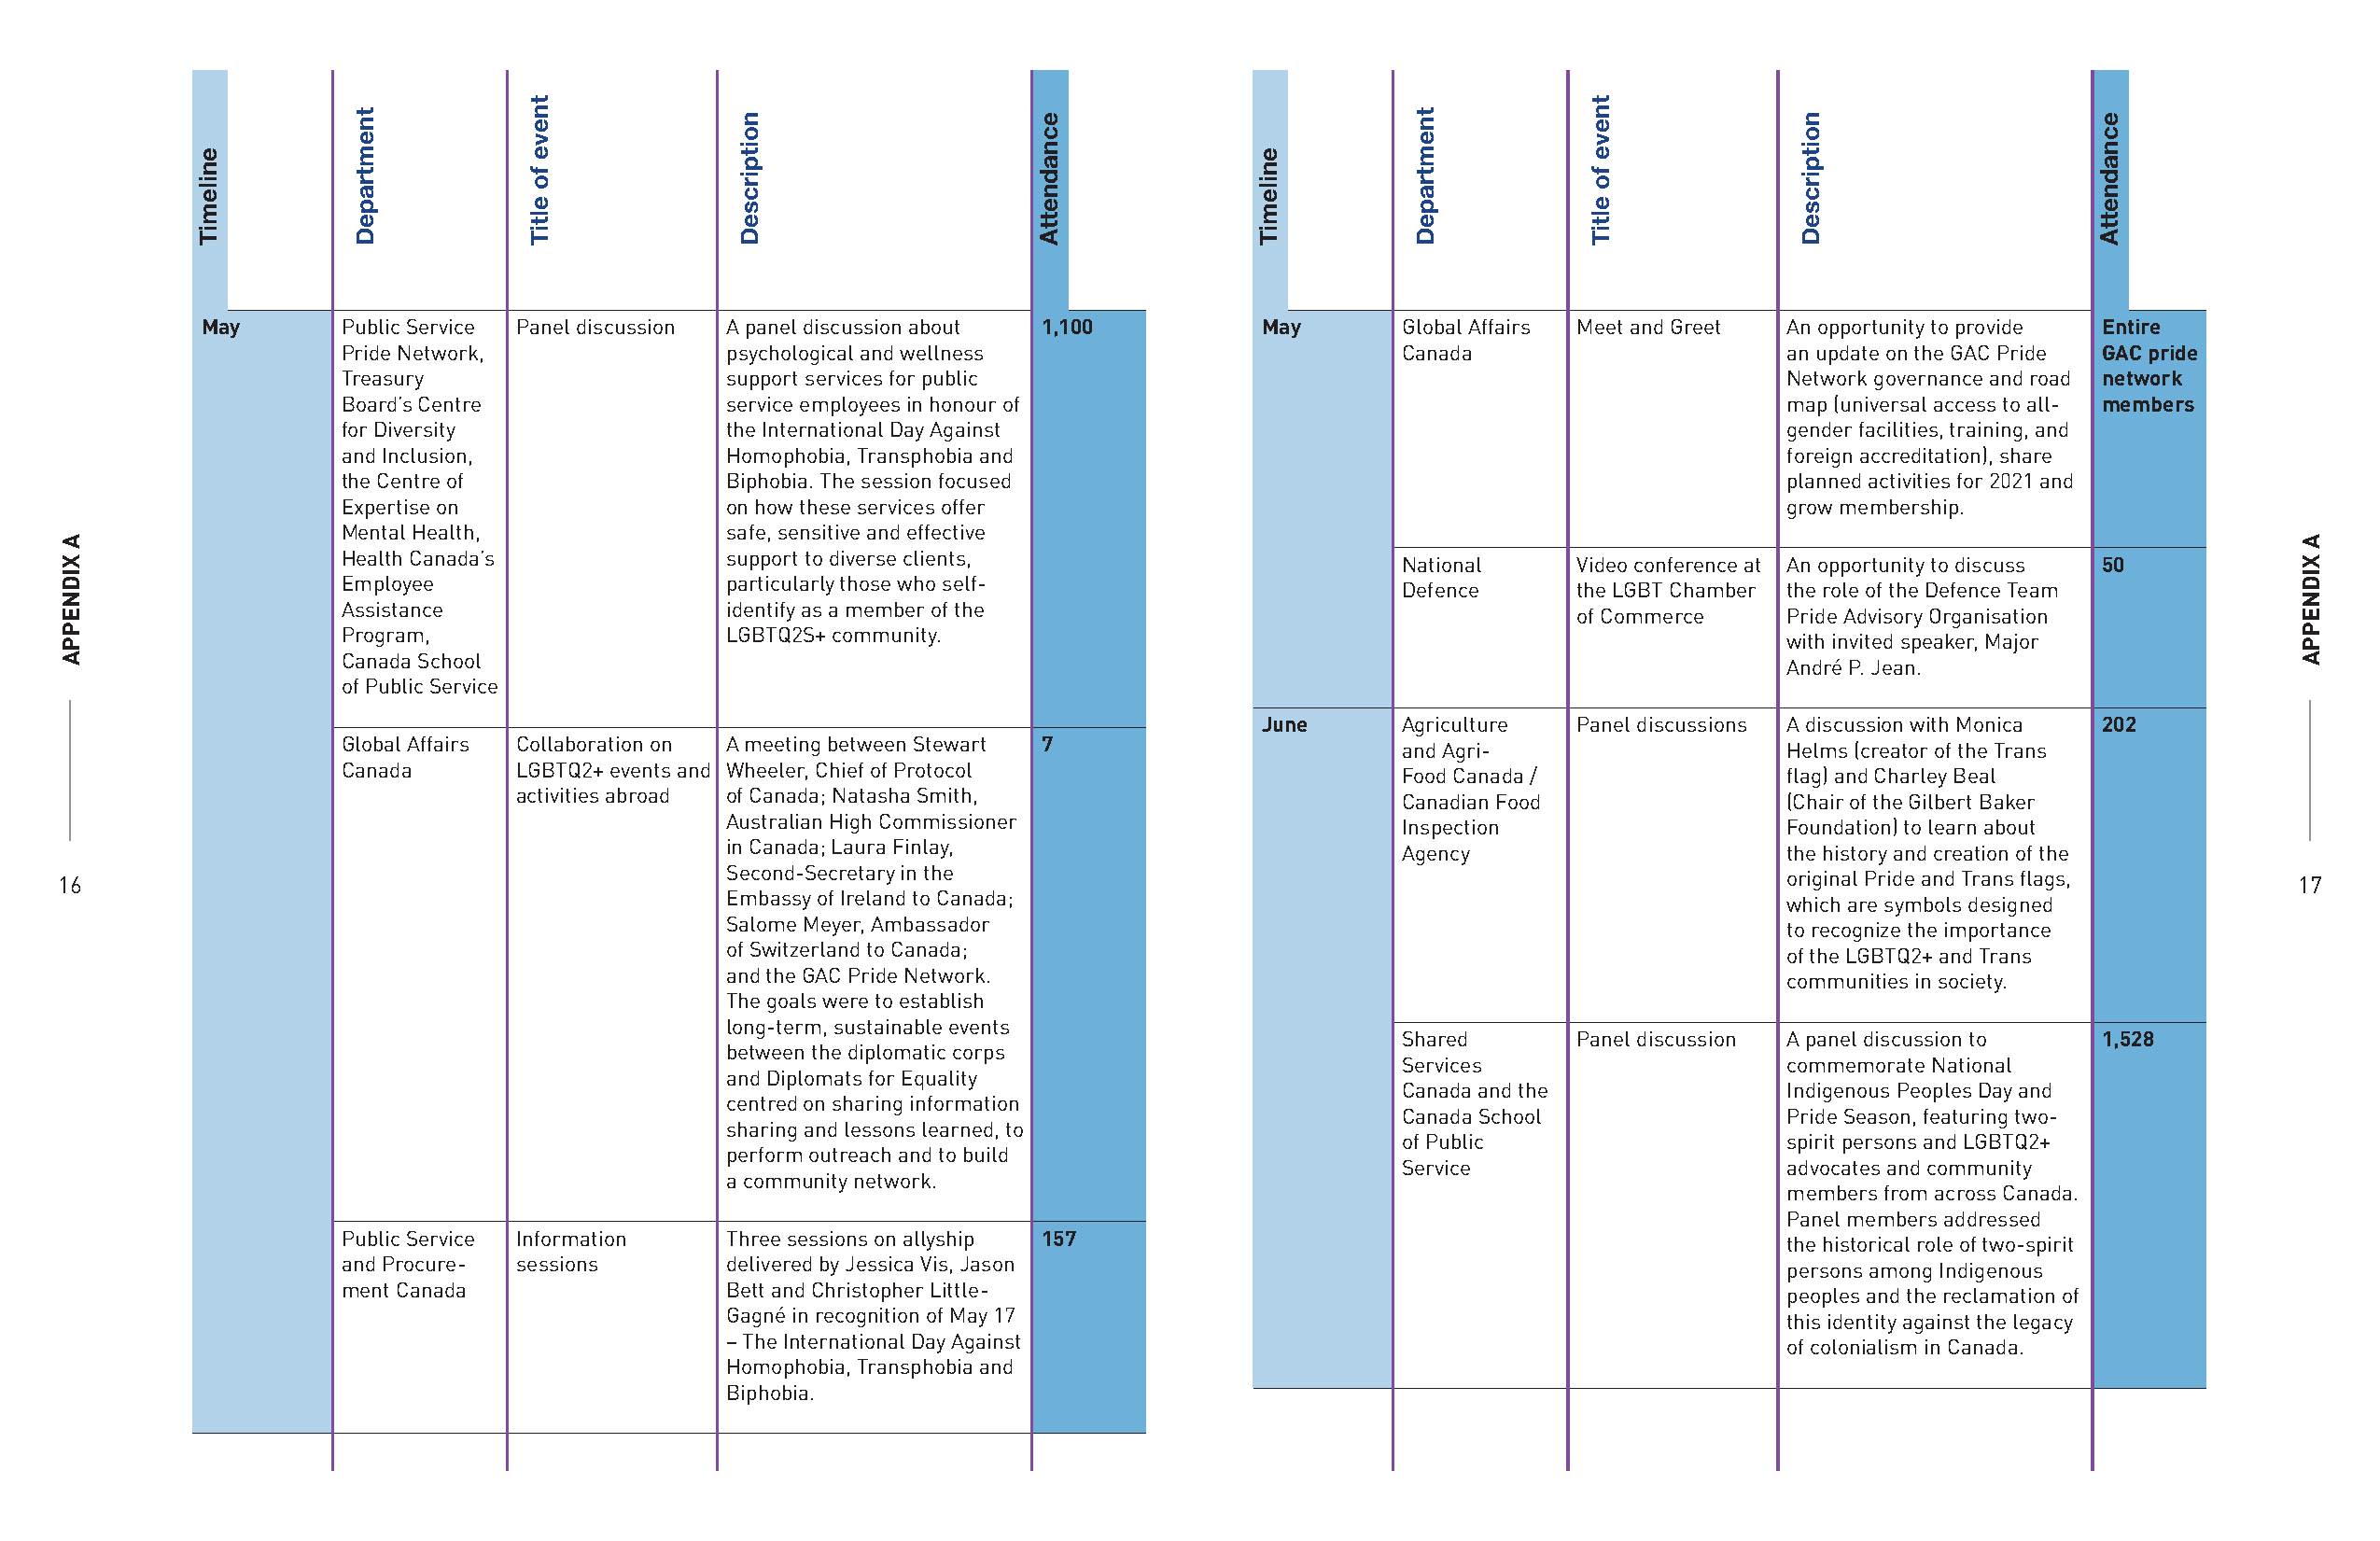
May       Public Service Panel discussion A panel discussion about 1,100    May      Global Affairs Meet and Greet An opportunity to provide Entire
 Pride Network,              psychological and wellness                     Canada                      an update on the GAC Pride GAC pride
 Treasury                    support services for public                                                Network governance and road network
 Board’s Centre              service employees in honour of                                             map (universal access to all- members
 for Diversity               the International Day Against                                              gender facilities, training, and
 and Inclusion,              Homophobia, Transphobia and                                                foreign accreditation), share
 the Centre of               Biphobia. The session focused                                              planned activities for 2021 and
 Expertise on                on how these services offer                                                grow membership.
 Mental Health,              safe, sensitive and effective
 Health Canada’s             support to diverse clients,                    National     Video conference at An opportunity to discuss 50
 Employee                    particularly those who self-
 Defence      the LGBT Chamber the role of the Defence Team
 Assistance                  identify as a member of the
 of Commerce    Pride Advisory Organisation
 Program,                    LGBTQ2S+ community.
 with invited speaker, Major
 Canada School
 André P. Jean.
 of Public Service
 June     Agriculture  Panel discussions A discussion with Monica 202
 Global Affairs Collaboration on A meeting between Stewart 7
 and Agri-                   Helms (creator of the Trans
 Canada       LGBTQ2+ events and Wheeler, Chief of Protocol
 Food Canada /               flag) and Charley Beal
 activities abroad of Canada; Natasha Smith,
 Canadian Food               (Chair of the Gilbert Baker
 Australian High Commissioner
 Inspection                  Foundation) to learn about
 in Canada; Laura Finlay,
 Agency                      the history and creation of the
 Second-Secretary in the
 16                                                                                                                         original Pride and Trans flags,     17
 Embassy of Ireland to Canada;
 which are symbols designed
 Salome Meyer, Ambassador
 to recognize the importance
 of Switzerland to Canada;
 of the LGBTQ2+ and Trans
 and the GAC Pride Network.
 communities in society.
 The goals were to establish
 long-term, sustainable events
 Shared       Panel discussion A panel discussion to 1,528
 between the diplomatic corps
 Services                    commemorate National
 and Diplomats for Equality
 Canada and the              Indigenous Peoples Day and
 centred on sharing information
 Canada School               Pride Season, featuring two-
 sharing and lessons learned, to
 of Public                   spirit persons and LGBTQ2+
 perform outreach and to build
 Service                     advocates and community
 a community network.
 members from across Canada.
 Panel members addressed
 Public Service Information  Three sessions on allyship 157
 the historical role of two-spirit
 and Procure- sessions       delivered by Jessica Vis, Jason
 persons among Indigenous
 ment Canada                 Bett and Christopher Little-
 peoples and the reclamation of
 Gagné in recognition of May 17
 this identity against the legacy
 – The International Day Against
 of colonialism in Canada.
 Homophobia, Transphobia and
 Biphobia.
 A
 XIDNEPPA
 enilemiT
 tnemtrapeD
 tneve
 fo
 eltiT
 noitpircseD          ecnadnettA
 enilemiT
 tnemtrapeD
 tneve
 fo
 eltiT
 noitpircseD          ecnadnettA
 A
 XIDNEPPA